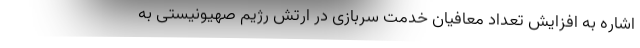
اشاره به افزایش تعداد معافیان خدمت سربازی در ارتش رژیم صهیونیستی به